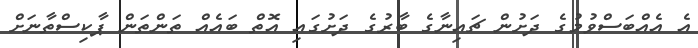
އެ އެއްބަސްވުމުގެ ދަށުން ޗައިނާގެ ބާރުގެ ދަށުގައި އޮތް ބައެއް ތަންތަން ޕާކިސްތާނަށް